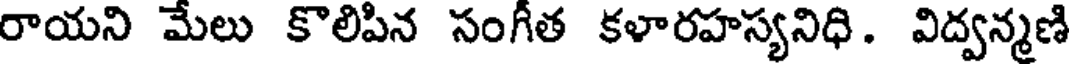
రాయని మేలు కొలిపిన సంగీత కళారహస్యనిధి. విద్వన్మణి